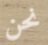
نحن